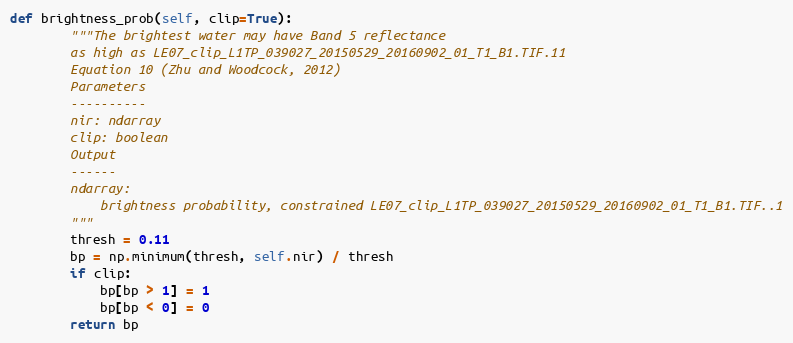
Language: Python
def brightness_prob(self, clip=True):
        """The brightest water may have Band 5 reflectance
        as high as LE07_clip_L1TP_039027_20150529_20160902_01_T1_B1.TIF.11
        Equation 10 (Zhu and Woodcock, 2012)
        Parameters
        ----------
        nir: ndarray
        clip: boolean
        Output
        ------
        ndarray:
            brightness probability, constrained LE07_clip_L1TP_039027_20150529_20160902_01_T1_B1.TIF..1
        """
        thresh = 0.11
        bp = np.minimum(thresh, self.nir) / thresh
        if clip:
            bp[bp > 1] = 1
            bp[bp < 0] = 0
        return bp